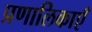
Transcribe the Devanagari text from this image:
प्रणालिकाएँ